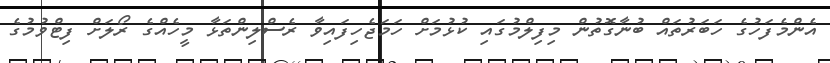
އެންމެފަހުގެ ހަބަރުތައް ބުނާގޮތުން މިފިލްމުގައި ކުޅުމަށް ހަމަޖެހިފައިވާ ރެސްލިންތަޅާ މީހެއްގެ ރޯލަށް ފިޓްވުމުގެ